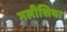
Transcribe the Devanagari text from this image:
गलीशिया